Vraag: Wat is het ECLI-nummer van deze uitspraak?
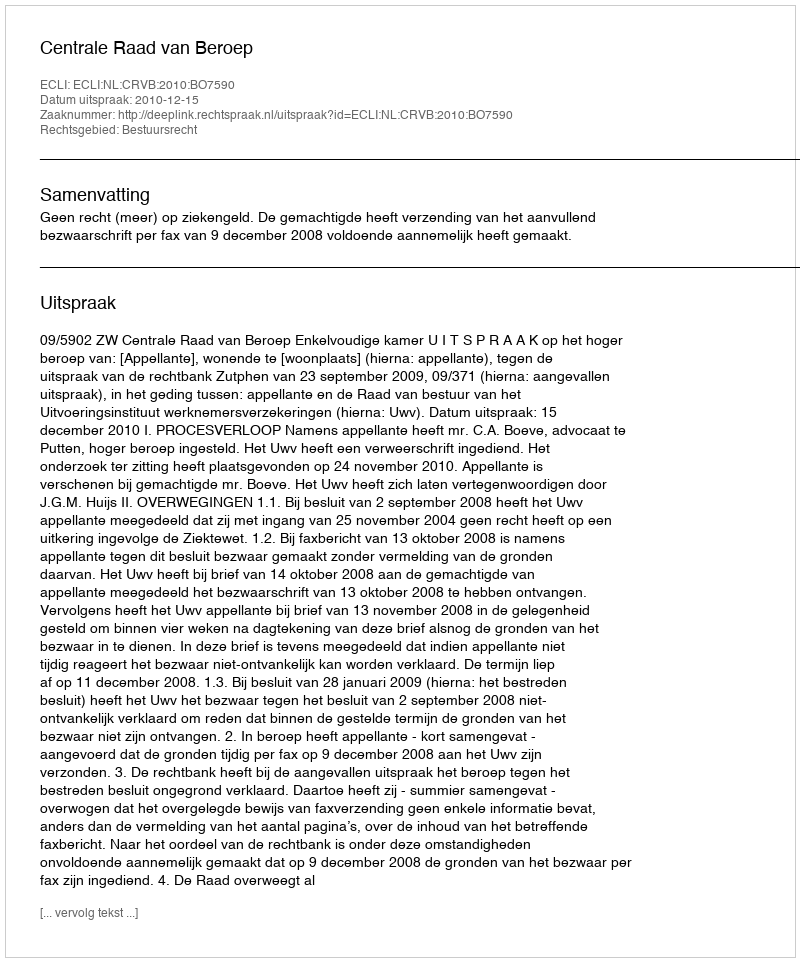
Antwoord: ECLI:NL:CRVB:2010:BO7590